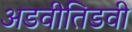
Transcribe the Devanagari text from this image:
अडवीतिडवी